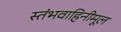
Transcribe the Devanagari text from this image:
स्तंभवाहिनीमूल